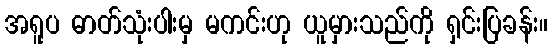
အရူပ ဓာတ်သုံးပါးမှ မကင်းဟု ယူမှားသည်ကို ရှင်းပြခန်း။